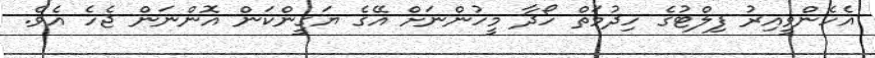
އެހެންވީިއިރު ފިލްޓުގެ ހިދުމަތް ހޯދާ މީހުންނަށް އޭގެ ޔަގީންކަން އޮންނަން ޖެހެ އެވެ.